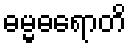
ဓမ္မဓရောတိ